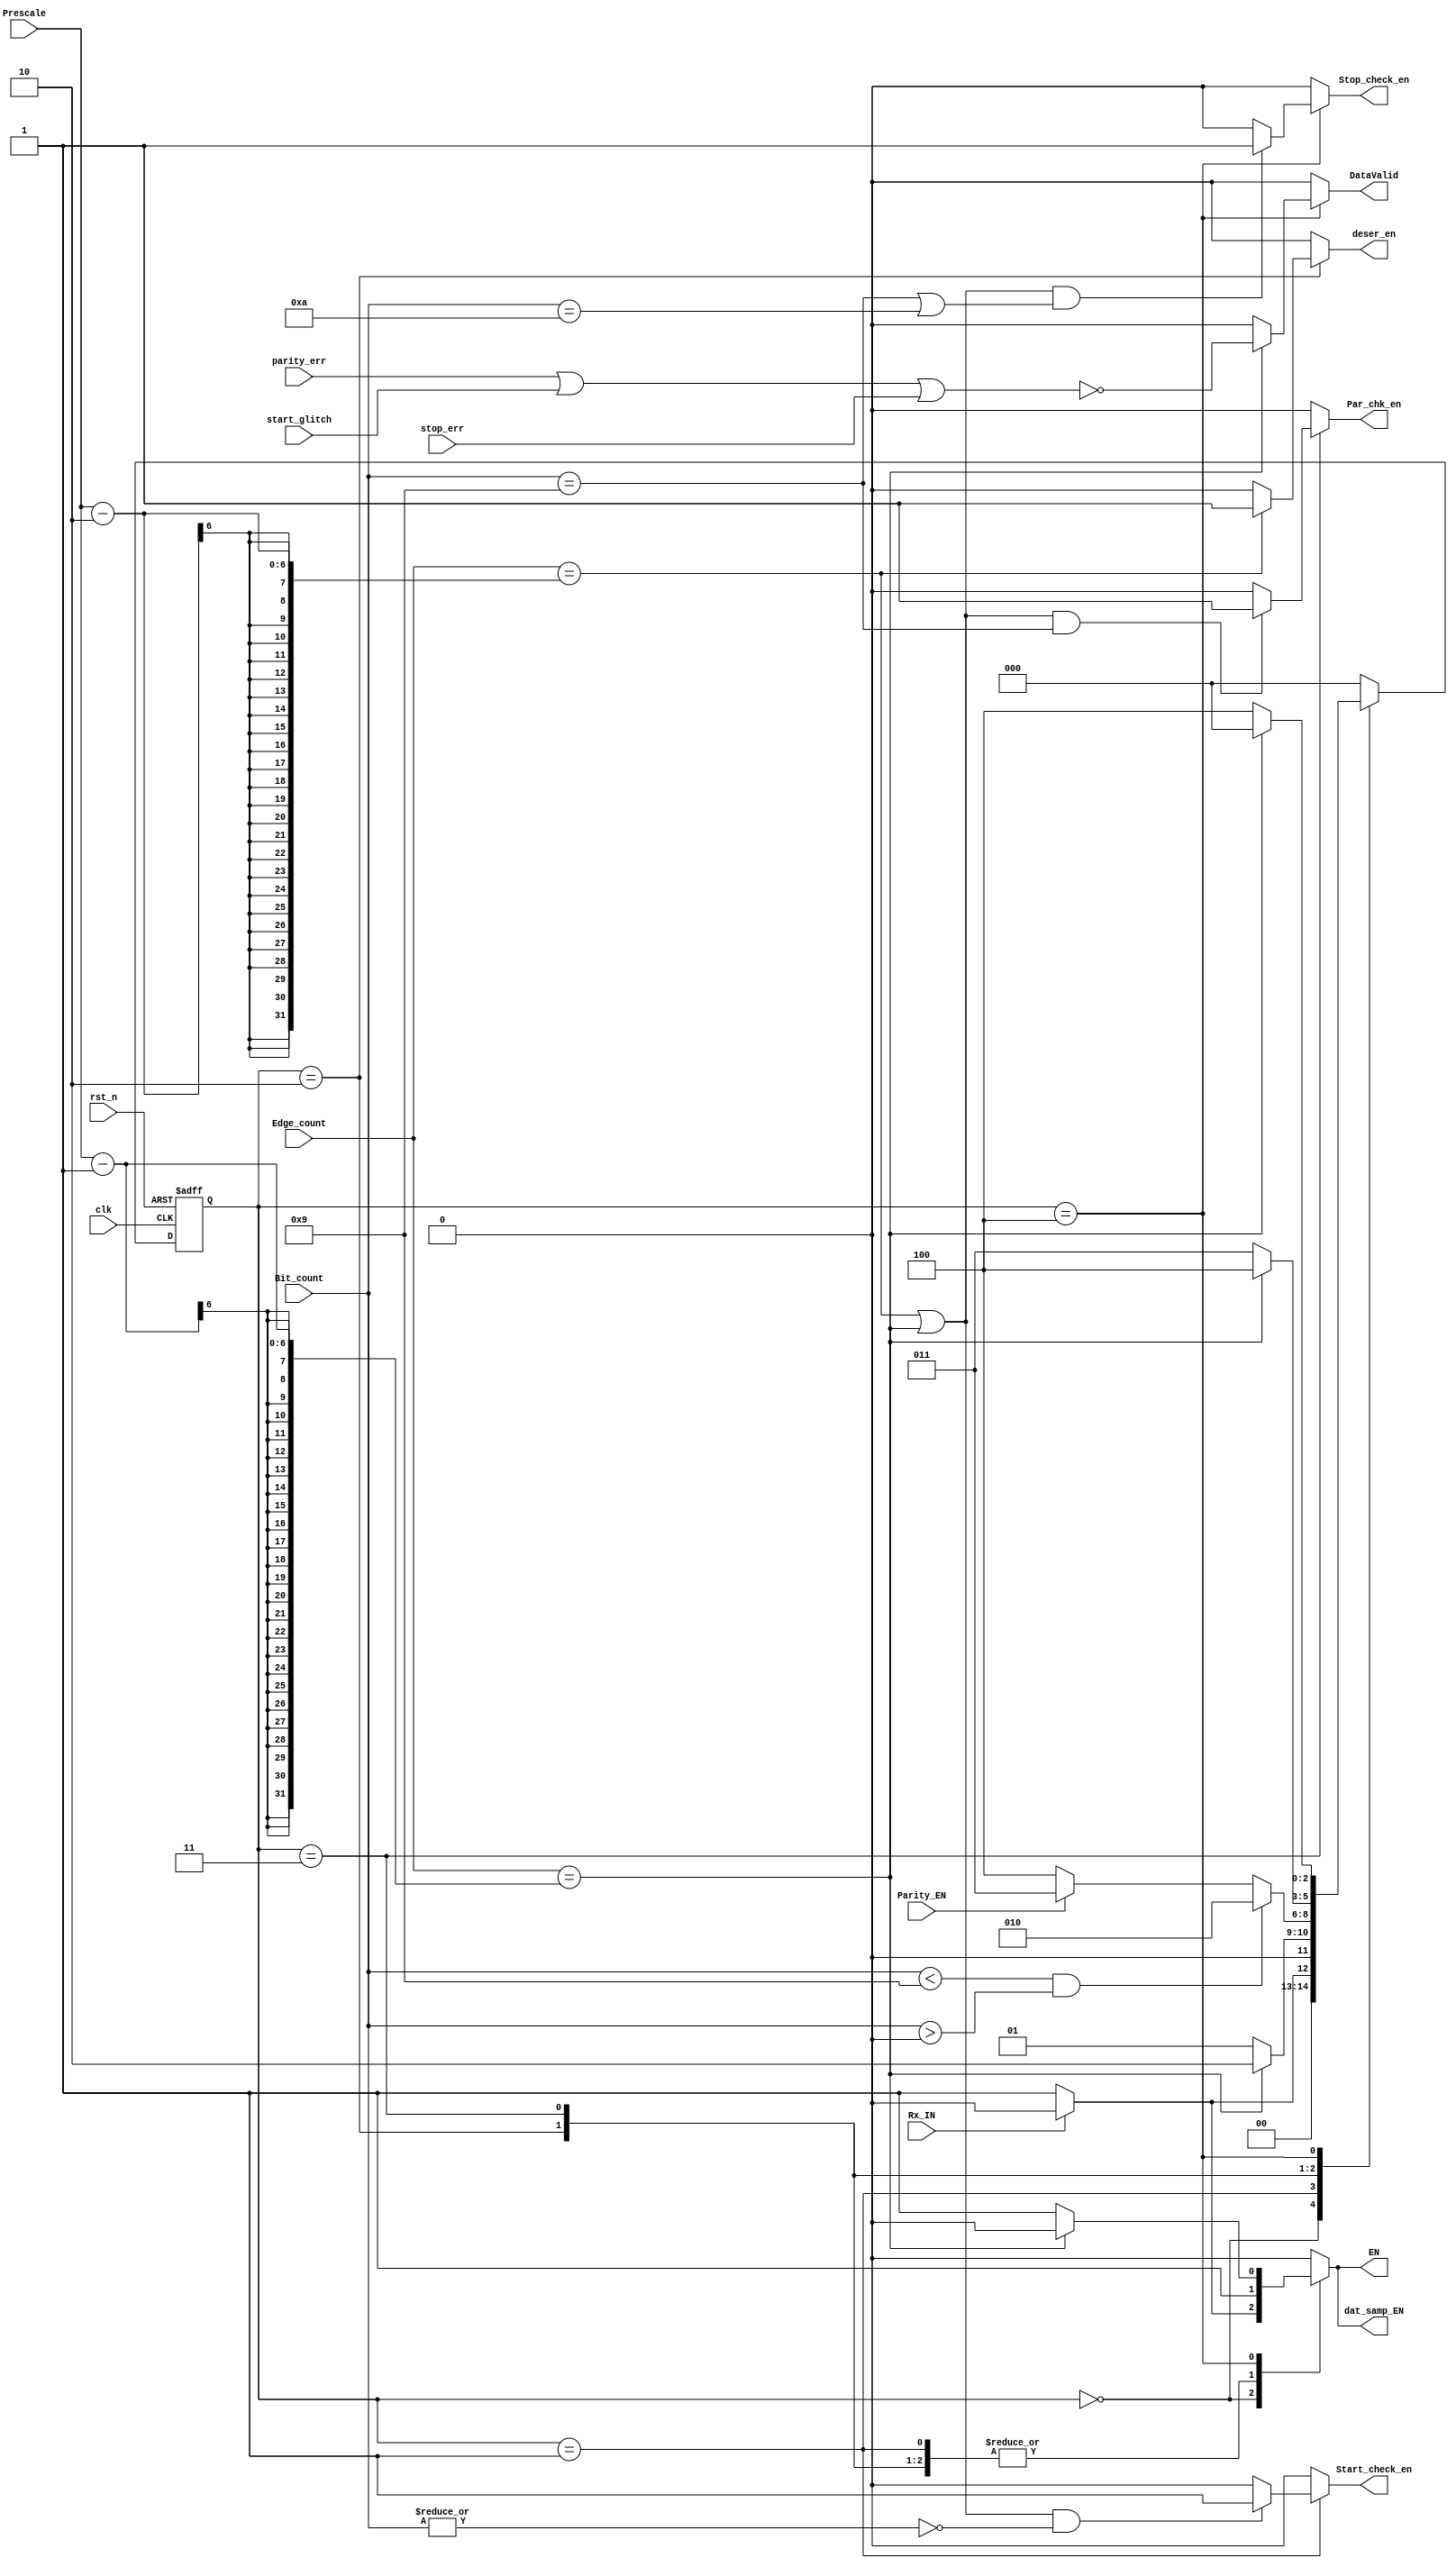
module FSM (
	input                              clk,
	input                              rst_n,
	input                              Parity_EN,
	input                              Rx_IN,
	input                              parity_err,
	input                              start_glitch,
	input                              stop_err,
	input                        [5:0] Prescale,
	input                        [5:0] Edge_count,
	input                        [3:0] Bit_count,
	output reg                         EN,
	output reg                         Par_chk_en,
	output reg                         Stop_check_en,
	output reg                         Start_check_en,
	output reg                         dat_samp_EN,
	output reg                         deser_en,
	output reg                         DataValid
	
);
//States 
reg [2:0] PState, NState;
localparam IDLE       = 'b00,
           Start_bit  = 'b01,
           Data_bits  = 'b10,
           Parity_bit = 'b11,
           Stop_bit   = 'b100;

wire CaptureEdge, DataFlag, LastEdge, BeforeLastEdge, errorFlag;
assign  LastEdge       =  Edge_count == (Prescale-1);
assign  BeforeLastEdge =  Edge_count == (Prescale-2);
assign  CaptureEdge    = (BeforeLastEdge)| (LastEdge) ;
assign  DataFlag       = ((Bit_count < 9) & (Bit_count > 0)); 

assign errorFlag = parity_err | start_glitch | stop_err;

always @(posedge clk or negedge rst_n) begin
    if (~rst_n) begin
        PState <= IDLE;
    end
    else begin
            PState <= NState;
        end   
end

always @(*) begin
    EN             = 0;
    Par_chk_en     = 0;
    Stop_check_en  = 0;
    Start_check_en = 0;
    dat_samp_EN    = 0;
    deser_en       = 0;
    DataValid      = 0;
    case (PState)
        IDLE: begin
            if (~Rx_IN) begin
                EN          = 1;
                dat_samp_EN = 1;
                NState      = Start_bit;
            end
            else begin
                    NState = IDLE;
                end   
        end
        Start_bit: begin
            EN          = 1;
            dat_samp_EN = 1;
            if (CaptureEdge & (~|Bit_count)) begin
                Start_check_en = 1;
            end
            else begin
                    Start_check_en = 0;
            end  
            if (LastEdge) begin
                //if (start_glitch) begin
                //    dat_samp_EN    = 0;
                //    Start_check_en = 0;
                //    NState         = Data_bits;              
                //end
                //else begin
                //     NState = Data_bits;   
                //    end 
                 NState = Data_bits;                      
            end
            else begin
                 NState = Start_bit;
            end   
        end
        Data_bits: begin
            EN          = 1;
            dat_samp_EN = 1;
            if (BeforeLastEdge) begin
                deser_en = 1;
            end
            else begin
                deser_en = 0;
            end
            if (DataFlag) begin
                NState = Data_bits;
            end
            else if (Parity_EN) begin
                NState = Parity_bit;
            end
            else begin
                NState = Stop_bit;
            end              
        end       
        Parity_bit:begin
            EN          = 1;
            dat_samp_EN = 1;
            if (CaptureEdge & (Bit_count == 'd9)) begin
                Par_chk_en = 1;
            end
            else begin
                    Par_chk_en = 0;
            end
            if (LastEdge) begin
                   //if (parity_err) begin
                   //    dat_samp_EN    = 0;
                   //    Par_chk_en     = 0;
                   //    NState         = Stop_bit;
                   //end
                   //else begin
                   //      NState = Stop_bit;
                   // end
                    NState = Stop_bit;
            end
            else begin
                    NState = Parity_bit;
            end    
        end
        Stop_bit:begin
            EN          = 1;
            dat_samp_EN = 1;
            if (CaptureEdge & ((Bit_count == 'd9)|(Bit_count == 'd10))) begin
                Stop_check_en = 1;
            end
            else begin
                    Stop_check_en = 0;
            end  
            if (LastEdge) begin
                //if (stop_err) begin
                    EN             = 0;
                    dat_samp_EN    = 0;
                   // Stop_check_en  = 0;
                    NState         = IDLE;              
               // end
                //else begin
                  //   EN        = 0;
                     DataValid = !errorFlag; 
//                     if (Rx_IN) begin  
                   //  NState    = IDLE;   
//                     end
//                      else begin
//                         NState    = Start_bit; 
//                     end 
                //end                        
            end
            else begin
                 NState = Stop_bit;
            end   
        end
        default: begin
            NState = IDLE;
        end
    endcase
    end

	
endmodule